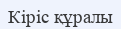
Кіріс құралы